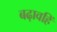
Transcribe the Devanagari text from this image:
बढ़ावहिं